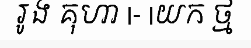
រូង គុហា |- |យក ថ្ម